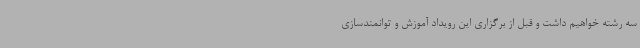
سه رشته خواهیم داشت و قبل از برگزاری این رویداد آموزش و توانمندسازی